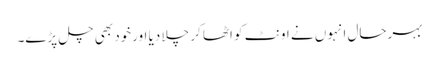
بہرحال انہوں نے اونٹ کو اٹھا کر چلا دیا اورخود بھی چل پڑے۔